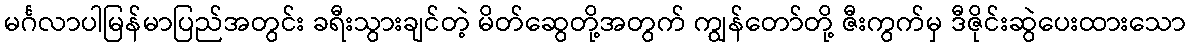
မင်္ဂလာပါမြန်မာပြည်အတွင်း ခရီးသွားချင်တဲ့ မိတ်ဆွေတို့အတွက် ကျွန်တော်တို့ ဇီးကွက်မှ ဒီဇိုင်းဆွဲပေးထားသော